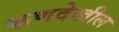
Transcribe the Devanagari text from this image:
कणदेखील